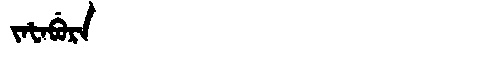
Manchu: ᠵᠠᡶᠠᠪᡠᡵᠠ
Romanization: JAFABURA